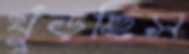
খুঁড়ছিস